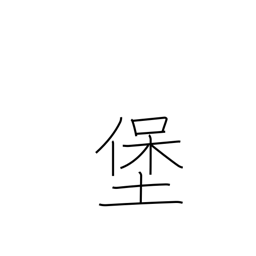
Meaning: fort